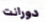
دورانت